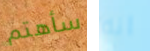
سأهتم انه